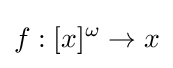
f:[x]^{\omega }\to x